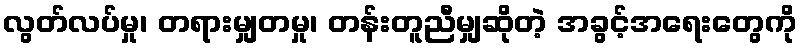
လွတ်လပ်မှု၊ တရားမျှတမှု၊ တန်းတူညီမျှဆိုတဲ့ အခွင့်အရေးတွေကို